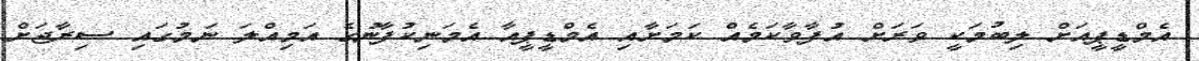
އެމްޑީޕީއަށް ލިބުމަކީ ވަރަށް އުފާވާކަމެއް ކަމަށާއި އެމްޑީޕީއާ އެމަނިކުފާނުގެ އަމިއްލަ ނަމުގައި ސިރާޖަށް